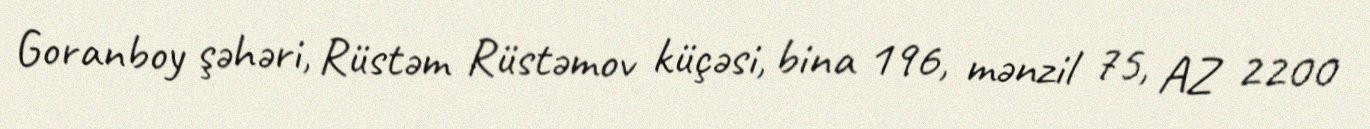
Goranboy şəhəri, Rüstəm Rüstəmov küçəsi, bina 196, mənzil 75, AZ 2200